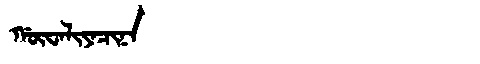
Manchu: ᡤᡡᠸᠠᠯᡳᠶᠠᠴᡳᠨᠠ
Romanization: GŪWALIYACINA